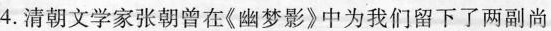
4.清朝文学家张朝曾在\ll 幽梦影\gg 中为我们留下了两副尚